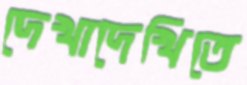
দেখাদেখিতে